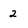
Character: 2